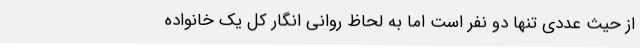
از حیث عددی تنها دو نفر است اما به لحاظ روانی انگار کل یک خانواده